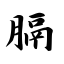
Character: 膈